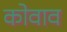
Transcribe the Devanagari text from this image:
कोवाव